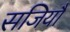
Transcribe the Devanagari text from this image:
सजियौ